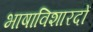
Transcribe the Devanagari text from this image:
भाषाविशारदों